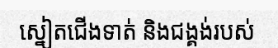
ស្នៀតជើងទាត់ និងជង្គង់របស់